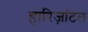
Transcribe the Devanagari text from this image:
हारिज़ांटल